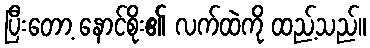
ပြီးတော့ နောင်စိုး၏ လက်ထဲကို ထည့်သည်။